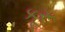
કૂરૂ